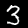
Digit: 3